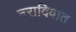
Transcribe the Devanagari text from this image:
नरादिवात